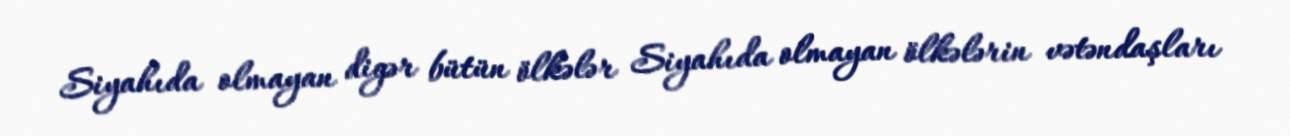
Siyahıda olmayan digər bütün ölkələr Siyahıda olmayan ölkələrin vətəndaşları